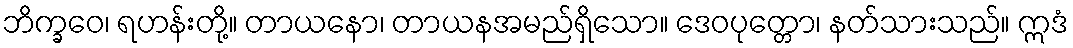
ဘိက္ခဝေ၊ ရဟန်းတို့။ တာယနော၊ တာယနအမည်ရှိသော။ ဒေဝပုတ္တော၊ နတ်သားသည်။ ဣဒံ